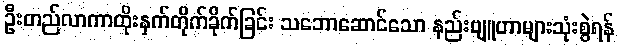
ဦးတည်လာကာထိုးနှက်တိုက်ခိုက်ခြင်း သဘောဆောင်သော နည်းဗျူဟာများသုံးစွဲရန်